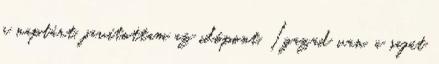
a naptárt, javítottam az időpont. Igazad van, a saját